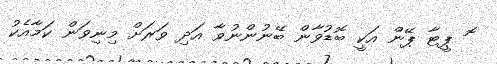
ޮ ޕީޓާ ޕޭން އަކީ ބޮޑުވާން ބޭނުންނުވާ އަދި ވަރަށް މިނިވަން ކަމާއެކު